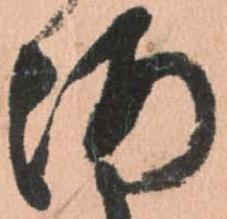
海